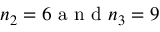
n _ { 2 } = 6 \mathrm { ~ a ~ n ~ d ~ } n _ { 3 } = 9